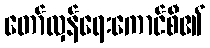
တော်လှန်ရေးကောင်စီ၏